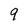
Character: 9